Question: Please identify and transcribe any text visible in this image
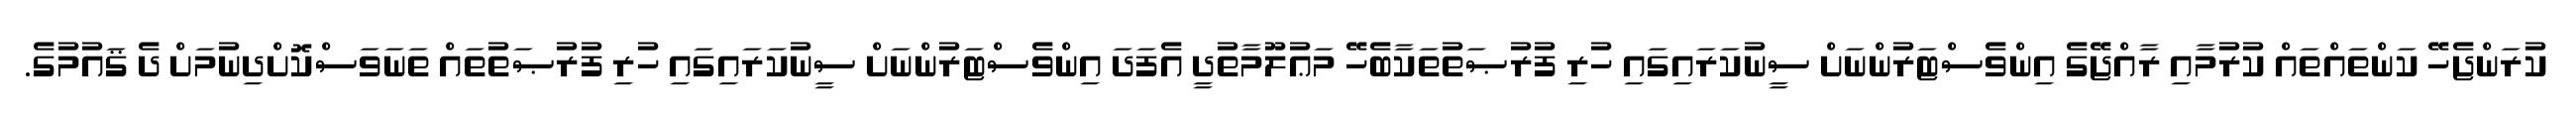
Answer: ކުރަންޖެހޭ ކަންތައްތައް ކުރުމާއި ރާއްޖޭގެ އިންވެސްޓަރުންނަށް ސީނުކަރައިގައި ހުރި ފުރުޞަތުތަކާބެހޭ މަޢުލޫމާތުދީ އެފަދަ އިންވެސްޓަރުންނަށް ސީނުކަރައިގައި ހުރި ފުރުޞަތުތައް ތަނަވަސްކޮށްދިނުމަށް ދެ ޤައުމުގެ.